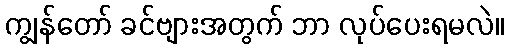
ကျွန်တော် ခင်ဗျားအတွက် ဘာ လုပ်ပေးရမလဲ။